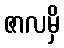
ဇာလမှိ